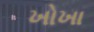
ખોખા